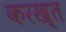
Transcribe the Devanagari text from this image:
करख़्त